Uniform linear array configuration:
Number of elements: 12
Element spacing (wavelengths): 0.75
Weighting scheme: exponential
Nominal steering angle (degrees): -15
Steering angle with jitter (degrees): -16.793
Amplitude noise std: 0.05
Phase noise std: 0.05

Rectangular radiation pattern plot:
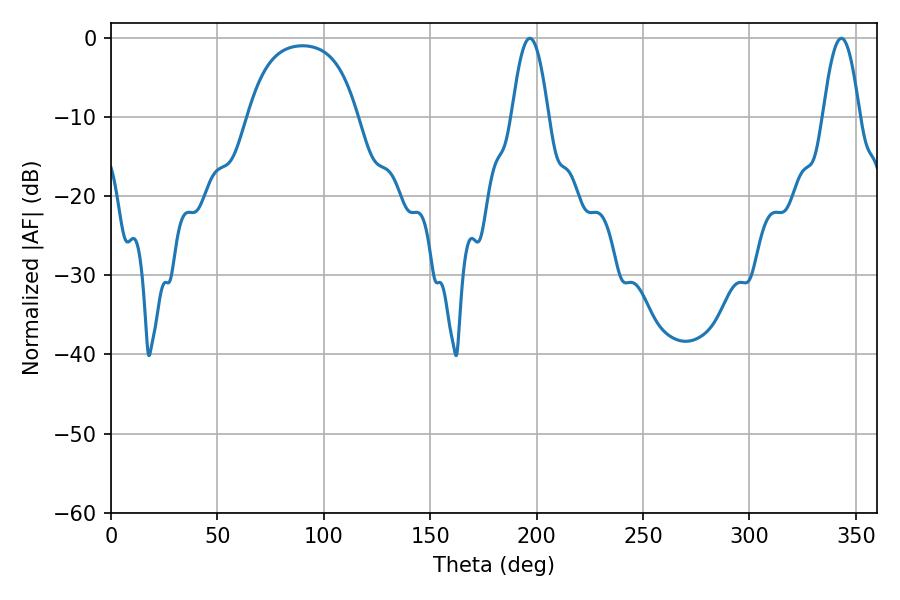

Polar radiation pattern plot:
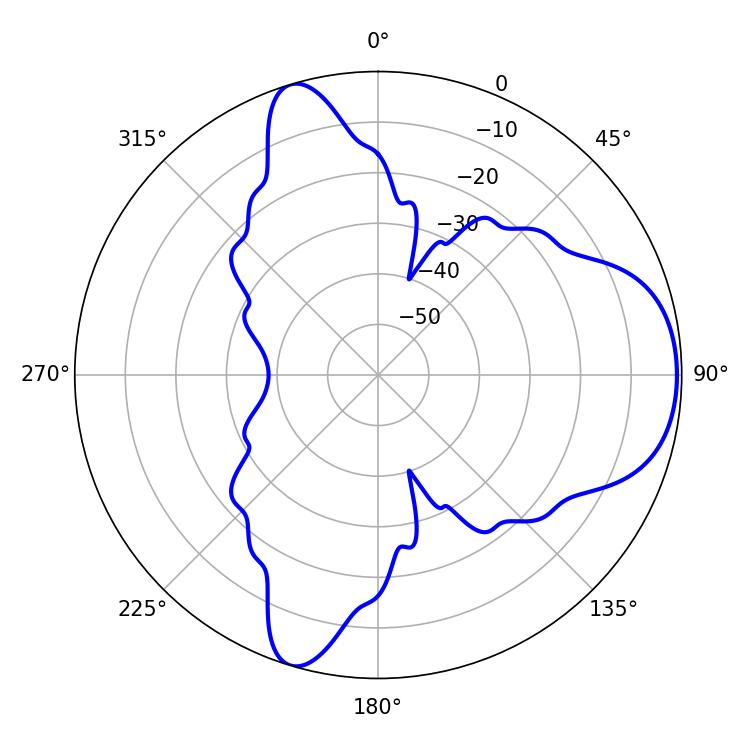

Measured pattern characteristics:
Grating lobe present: TRUE
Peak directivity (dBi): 7.197
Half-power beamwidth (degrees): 9.18
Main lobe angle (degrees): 196.74